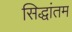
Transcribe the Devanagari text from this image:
सिद्धांतम